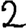
Digit: 2